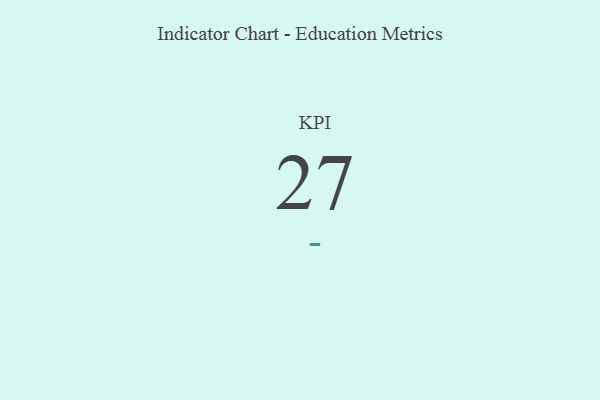
{"axis": {"x": "KPI", "y": "Value"}, "legend": [""], "data": [{"x": "KPI", "y": 27, "type": ""}]}